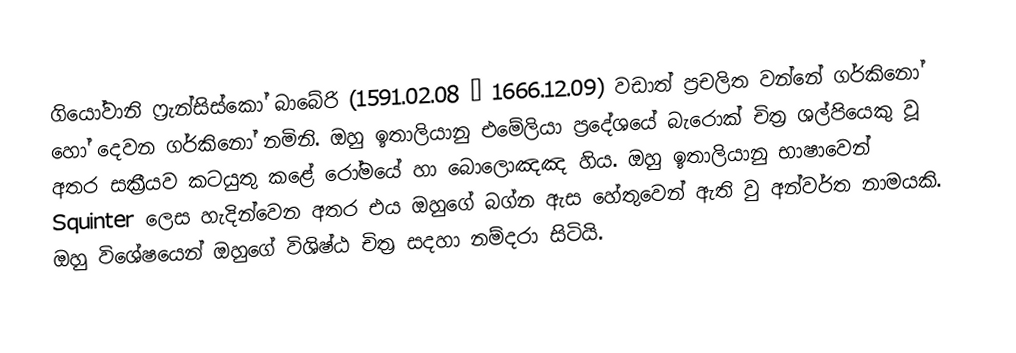
ගියෝවානි ෆ්‍රැන්සිස්කෝ බාබේරි (1591.02.08 – 1666.12.09) වඩාත් ප්‍රචලිත වන්නේ ගර්කිනෝ හෝ දෙවන ගර්කිනෝ නමිනි. ඔහු ඉතාලියානු එමේලියා ප්‍රදේශයේ බැරොක් චිත්‍ර ශල්පියෙකු වූ අතර සක්‍රීයව කටයුතු කළේ රෝමයේ හා බොලොඤඤ හිය. ඔහු ඉතාලියානු භාෂාවෙන් Squinter ලෙස හැදින්වෙන අතර එය ඔහුගේ බග්න ඇස හේතුවෙන් ඇති වු අන්වර්ත නාමයකි. ඔහු විශේෂයෙන් ඔහුගේ විශිෂ්ඨ චිත්‍ර සදහා නම්දරා සිටියි.